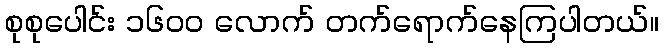
စုစုပေါင်း ၁၆၀၀ လောက် တက်ရောက်နေကြပါတယ်။